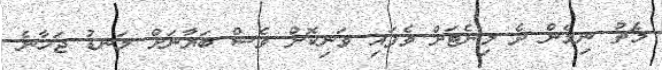
މެޗު ނިމެން ދެ މިނެޓަށް ވެފައި ވަނިކޮށް ވެސް ބަޔާނަށް ލަނޑު ޖަހާނެ